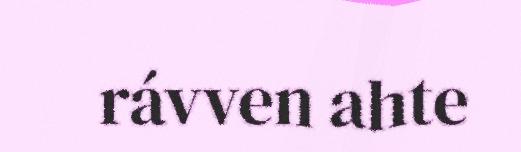
rávven ahte